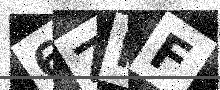
Text: 6ZFF